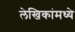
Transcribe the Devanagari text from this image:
लेखिकांमध्ये